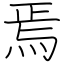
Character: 焉